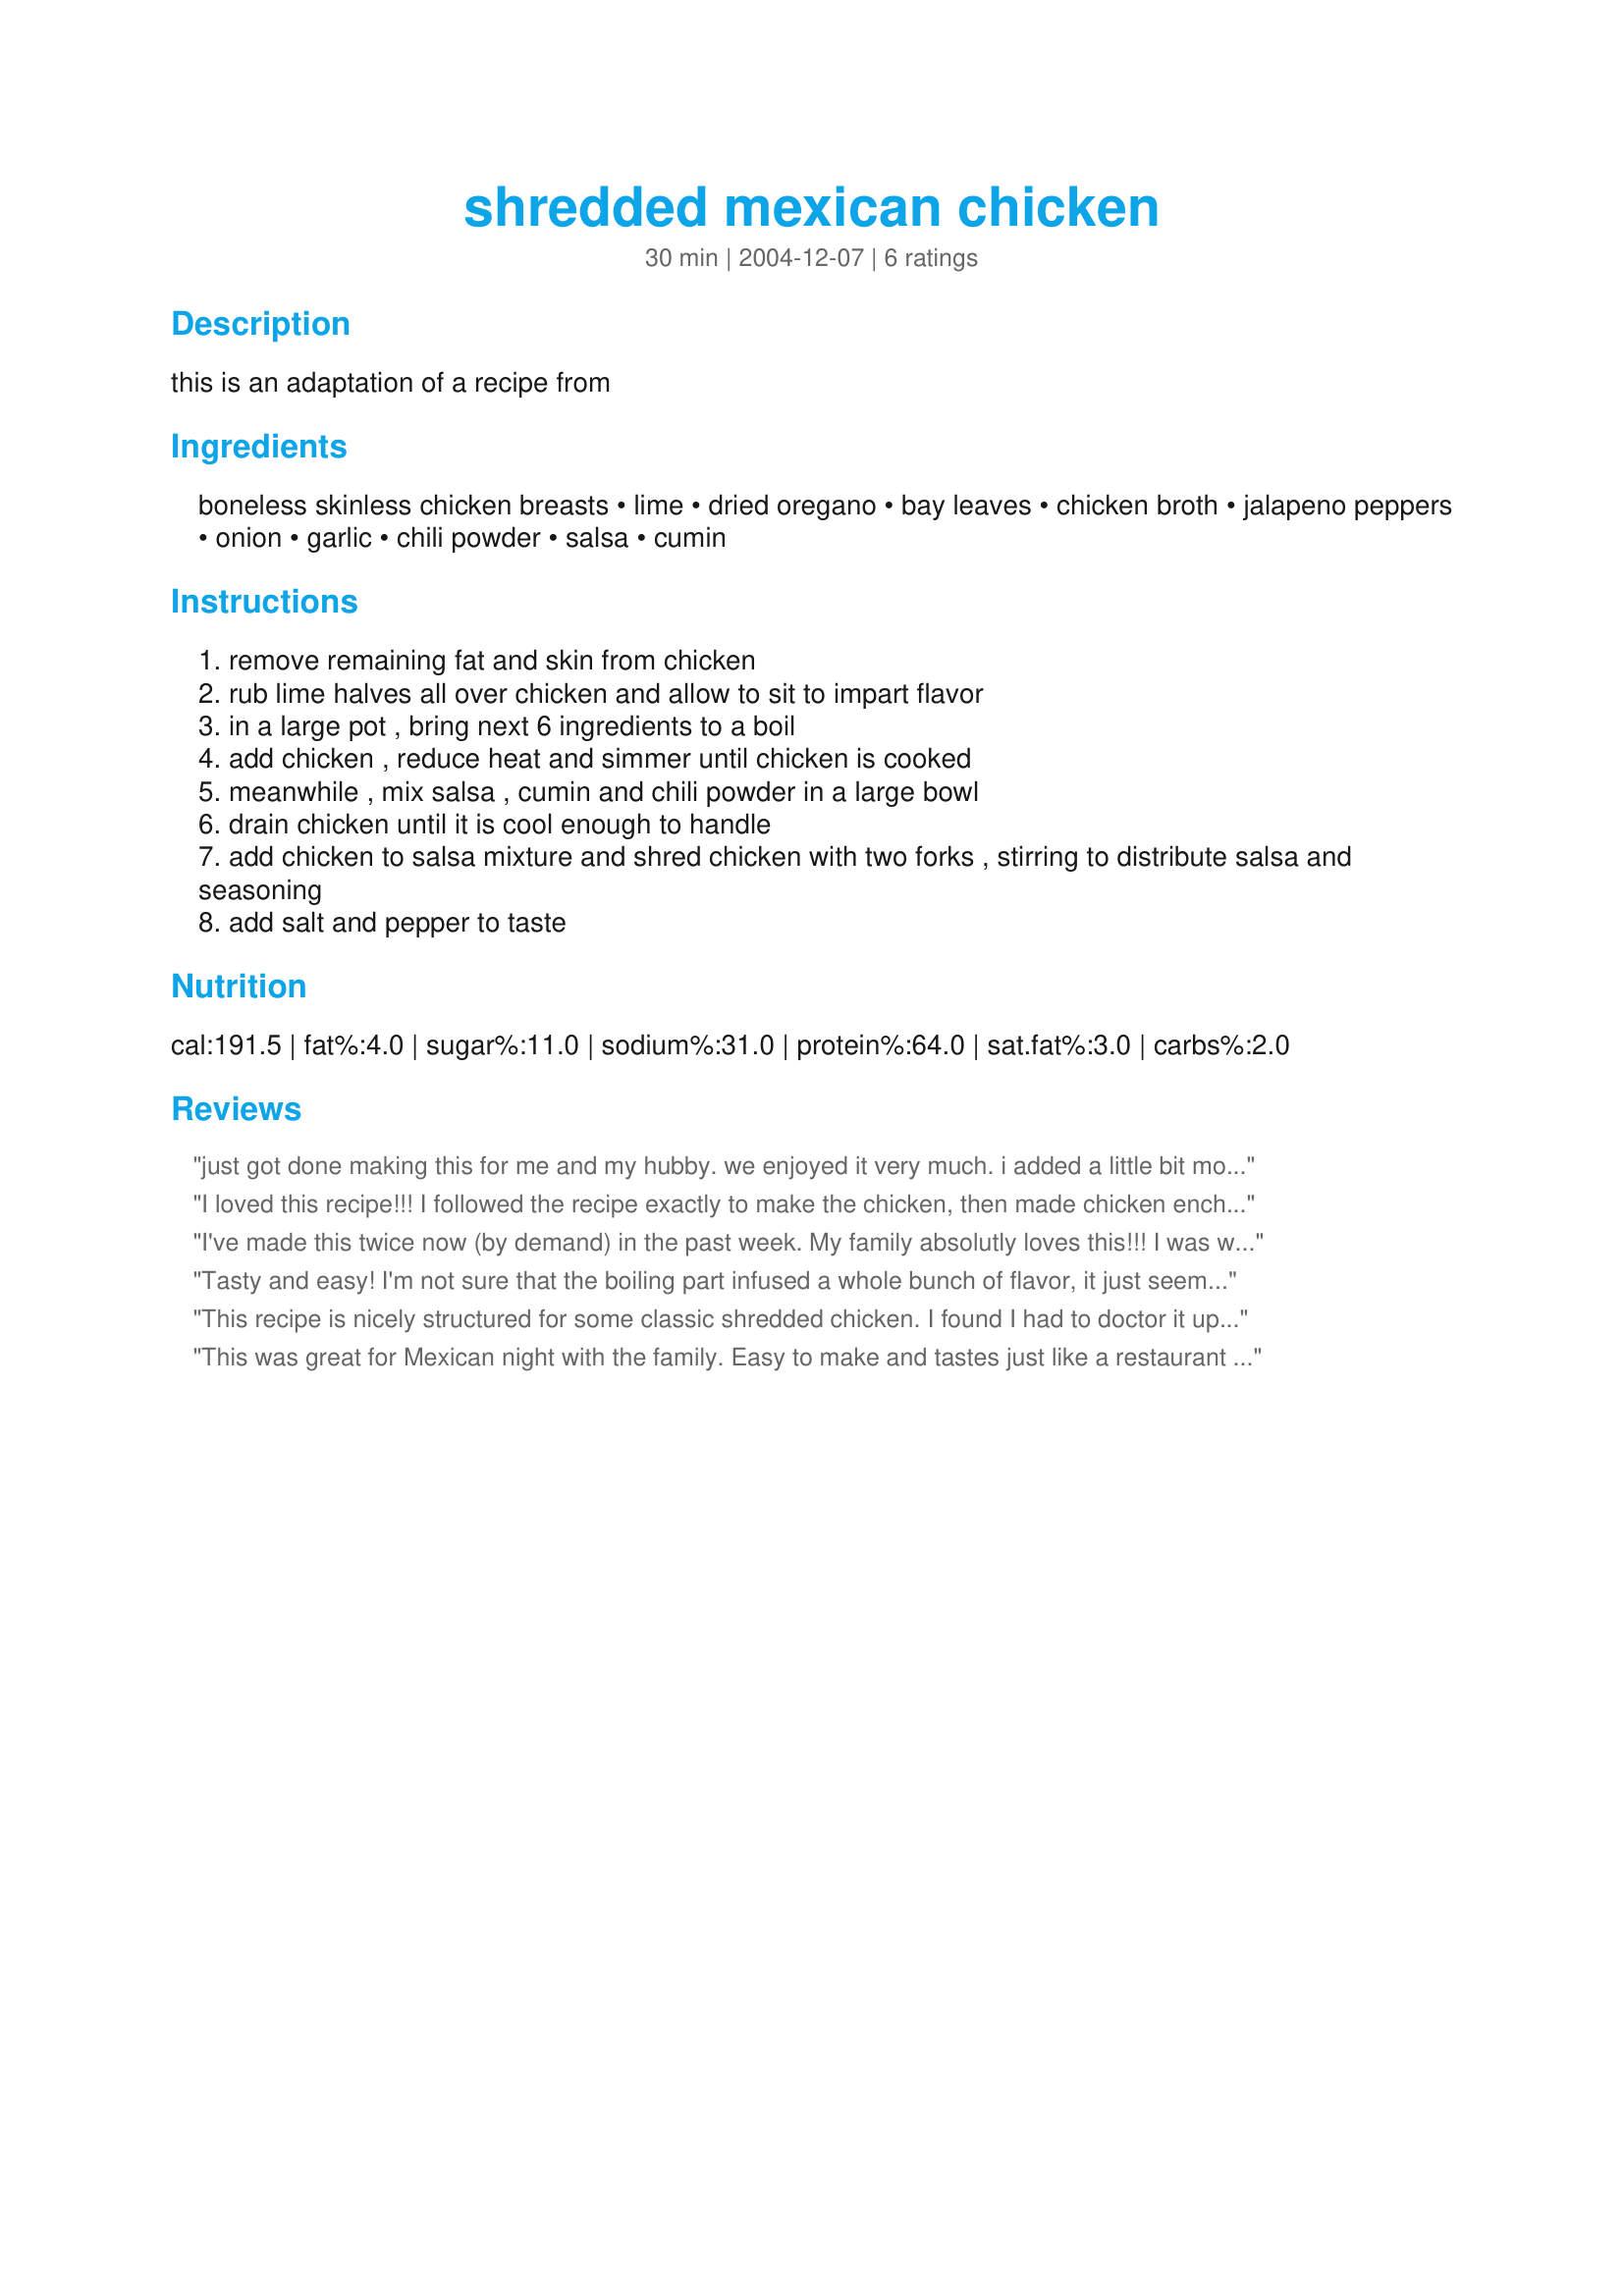
shredded mexican chicken
Preparation time: 30 minutes

this is an adaptation of a recipe from

Ingredients:
boneless skinless chicken breasts, lime, dried oregano, bay leaves, chicken broth, jalapeno peppers, onion, garlic, chili powder, salsa, cumin

Steps:
remove remaining fat and skin from chicken
rub lime halves all over chicken and allow to sit to impart flavor
in a large pot , bring next 6 ingredients to a boil
add chicken , reduce heat and simmer until chicken is cooked
meanwhile , mix salsa , cumin and chili powder in a large bowl
drain chicken until it is cool enough to handle
add chicken to salsa mixture and shred chicken with two forks , stirring to distribute salsa and seasoning
add salt and pepper to taste

Reviews:
just got done making this for me and my hubby. we enjoyed it very much. i added a little bit more chili powder and used medium picante sauce (that's all i had on hand). he really enjoyed it and i will use this mixture next time i make chicken enchiladas.
I loved this recipe!!! I followed the recipe exactly to make the chicken, then made chicken enchiladas. The flavor was very authentic. This will save us some trips to the local Mexican restaraunt.
I've made this twice now (by demand) in the past week. My family absolutly loves this!!! I was worried the kids wouldn't like it, but they refuse to have just hamburger now for their tacos. Followed the recipe to the T.......turns out wonderful!! Thanks!
Tasty and easy! I'm not sure that the boiling part infused a whole bunch of flavor, it just seemed a little wasteful to me, I will probably just use water next time. Also, it was drier than I expected so I added more salsa. I liked it and it is very versatile and easy to make!
This recipe is nicely structured for some classic shredded chicken. I found I had to doctor it up a bit to satiate my taste buds. I simmered the chicken for an hour and a half. I also kept in some of the boiled base for flavor and added some cottage cheese to keep in the juice. Thanks for the recipe.
This was great for Mexican night with the family. Easy to make and tastes just like a restaurant dish. We made tacos with Spanish Rice (#20780) and it was the bomb! Making for friends again tonight...YUM! THX!
